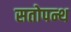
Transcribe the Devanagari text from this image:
सतोपन्थ